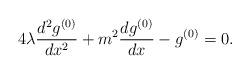
LaTeX: \begin{align*}4\lambda\frac{d^2g^{(0)}}{dx^2}+m^2\frac{dg^{(0)}}{dx}-g^{(0)}=0.\end{align*}